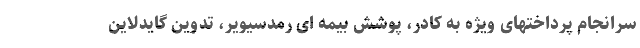
سرانجام پرداختهای ویژه به کادر، پوشش بیمه ای رمدسیویر، تدوین گایدلاین